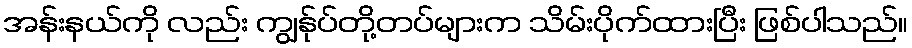
အန်းနယ်ကို လည်း ကျွန်ုပ်တို့တပ်များက သိမ်းပိုက်ထားပြီး ဖြစ်ပါသည်။